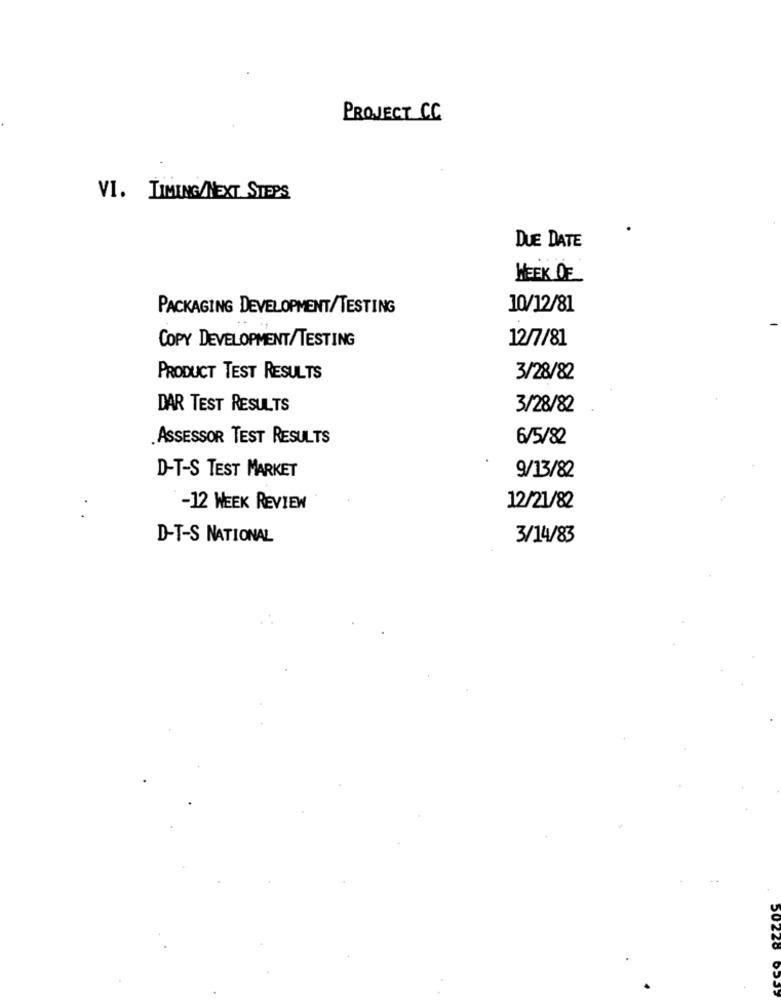
PROJECT CC
VI. TIMING/NEXT STEPS
DUE DATE
WEEK DE
PACKAGING DEVELOPMENT/TESTING
10/12/81
12/7/81
COPY DEVELOPMENT/TESTING
PRODUCT TEST RESULTS
3/28/82
DAR TEST RESULTS
3/28/82
.ASSESSOR TEST RESULTS
6/5/82
D-T-S TEST MARKET
9/13/82
-12 WEEK REVIEW
12/21/82
D-T-S NATIONAL
3/14/83